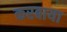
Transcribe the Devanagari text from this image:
करबाया